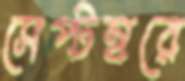
সেপ্টম্বরে